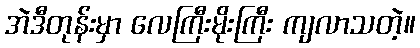
အဲဒီတုန်းမှာ လေကြီးမိုးကြီး ကျလာသတဲ့။